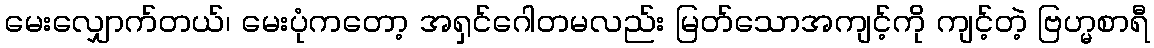
မေးလျှောက်တယ်၊ မေးပုံကတော့ အရှင်ဂေါတမလည်း မြတ်သောအကျင့်ကို ကျင့်တဲ့ ဗြဟ္မစာရီ